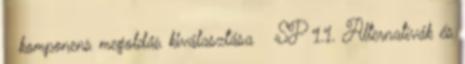
komponens megoldás kiválasztása  SP 1.1. Alternatívák és